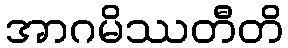
အာဂမိဿတီတိ